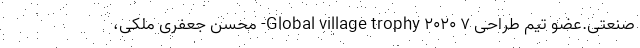
صنعتی.عضو تیم طراحی Global village trophy ۲۰۲۰ ۷- محسن جعفری ملکی،